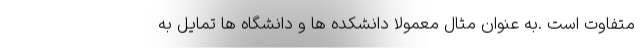
متفاوت است .به عنوان مثال معمولا دانشکده ها و دانشگاه ها تمایل به